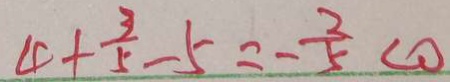
4 + \frac { 3 } { 5 } - 5 = - \frac { 3 } { 5 } < 0